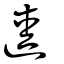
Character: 逵